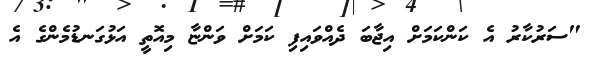
"ސަރުކާރު އެ ކަންކަމަށް އިޖާބަ ދެއްވައިފި ކަމަށް ވަންޏާ މިއޮތީ އަޅުގަނޑުމެންގެ އެ